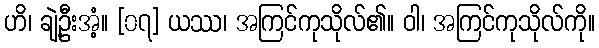
ဟိ၊ ချဲ့ဦးအံ့။ [၀၇] ယဿ၊ အကြင်ကုသိုလ်၏။ ဝါ၊ အကြင်ကုသိုလ်ကို။